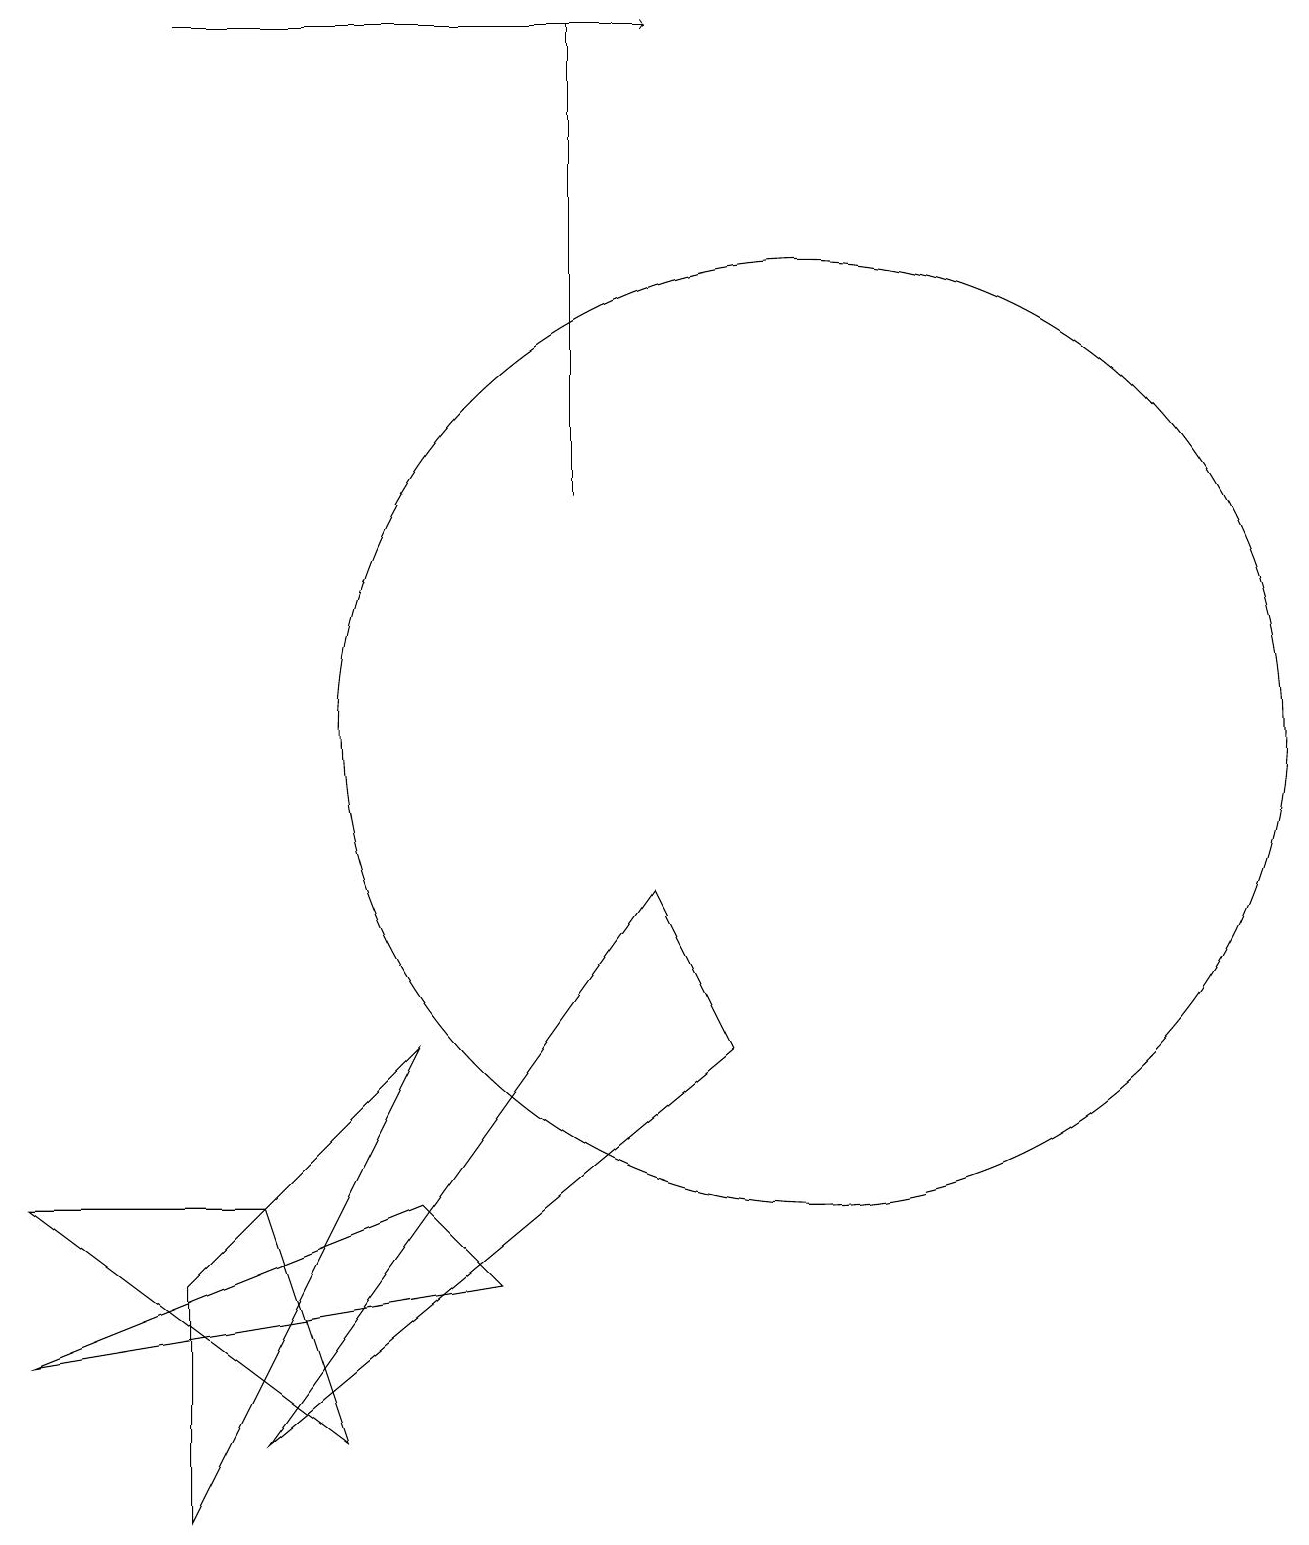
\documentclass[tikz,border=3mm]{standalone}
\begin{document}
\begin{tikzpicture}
\draw[->] (2,19) -- (8,19);
\draw (10,10) circle (6);
\draw (7,13) rectangle (7,19);
\draw (2,3) -- (2,0) -- (5,6) -- cycle;
\draw (3,4) -- (4,1) -- (0,4) -- cycle;
\draw (6,3) -- (0,2) -- (5,4) -- cycle;
\draw (9,6) -- (8,8) -- (3,1) -- cycle;
\draw (10,12) circle (0);
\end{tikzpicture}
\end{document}